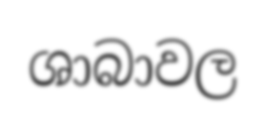
ශාබාවල